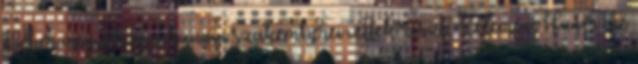
Fehér megyék munkaügyi szakemberei vettek részt. Kelemen Hunor az